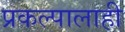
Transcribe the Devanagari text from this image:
प्रकल्पालाही